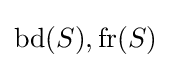
\operatorname {bd} (S),\operatorname {fr} (S)